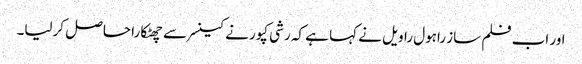
اور اب فلم ساز راہول راویل نے کہا ہے کہ رشی کپور نے کینسر سے چھٹکارا حاصل کرلیا۔